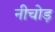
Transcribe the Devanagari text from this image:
नीचोड़